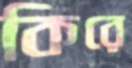
কিরে